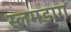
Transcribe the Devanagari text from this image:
स्लमडाग